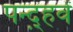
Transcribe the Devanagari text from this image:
पन्द़्हवें